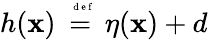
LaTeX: h(\mathbf{x})\stackrel{\mathrm{{~\tiny~{~d~e~f~}~}}}{=}\eta(\mathbf{x})+d